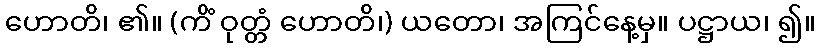
ဟောတိ၊ ၏။ (ကိံ ဝုတ္တံ ဟောတိ၊) ယတော၊ အကြင်နေ့မှ။ ပဋ္ဌာယ၊ ၍။